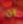
ان